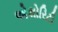
એથોરિટી